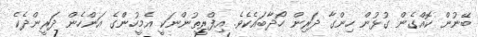
ބޭނުން ކޮއްގެން ގުޅުން ހިންގާ ދަރިން ހޯދާބައެކެވެ. އިފްރީތުންނަކީ އެމީހުންގެ އަންހެން ދަރީންދެކެ